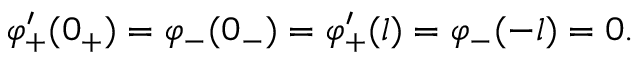
\varphi _ { + } ^ { \prime } ( 0 _ { + } ) = \varphi _ { - } ( 0 _ { - } ) = \varphi _ { + } ^ { \prime } ( l ) = \varphi _ { - } ( - l ) = 0 .